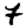
Digit: 7